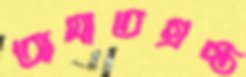
আঘাতগ্রস্ত